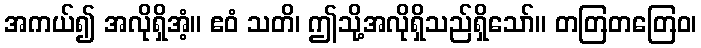
အကယ်၍ အလိုရှိအံ့။ ဧဝံ သတိ၊ ဤသို့အလိုရှိသည်ရှိသော်။ တတြတတြေဝ၊